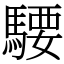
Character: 騕